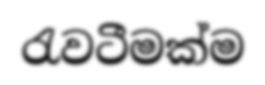
රැවටීමක්ම